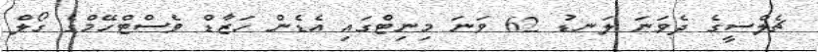
ޗެލްސީގެ ދެވަނަ ލަނޑު 62 ވަނަ މިނިޓްގައި އެޑެން ހަޒާޑް ވެސްޓްހޭމްގެ ގޯލް